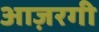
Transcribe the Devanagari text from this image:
आज़रगी